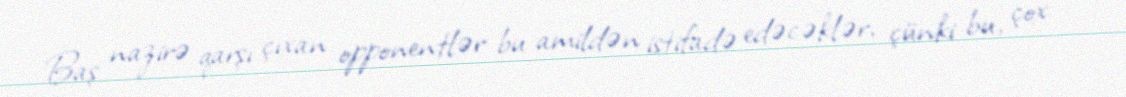
Baş nazirə qarşı çıxan opponentlər bu amildən istifadə edəcəklər, çünki bu, çox